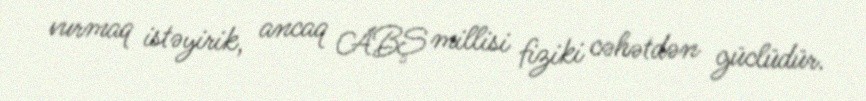
vurmaq istəyirik, ancaq ABŞ millisi fiziki cəhətdən güclüdür.